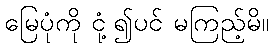
မြေပုံကို ငုံ့၍ပင် မကြည့်မိ။